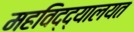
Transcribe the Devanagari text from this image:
महविद्द्यालयत